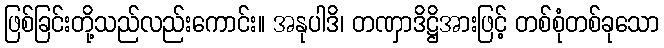
ဖြစ်ခြင်းတို့သည်လည်းကောင်း။ အနုပါဒိ၊ တဏှာဒိဋ္ဌိအားဖြင့် တစ်စုံတစ်ခုသော